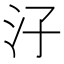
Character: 汓